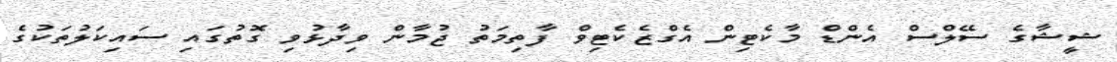
ޝީޝާގެ ސޭލްސް އެންޑް މާކެޓިން އެގްޒެކެޓިވް ފާތިމަތު ޖުމާން ވިދާޅުވި ގޮތުގައި ސައިކަލުތަކުގެ